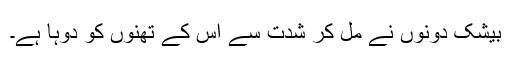
بیشک دونوں نے مل کر شدت سے اس کے تھنوں کو دوہا ہے۔